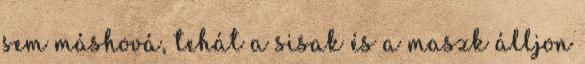
sem máshová, tehát a sisak és a maszk álljon